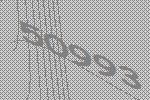
50993